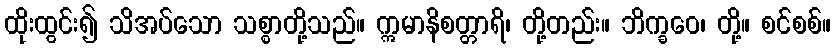
ထိုးထွင်း၍ သိအပ်သော သစ္စာတို့သည်။ ဣမာနိစတ္တာရိ၊ တို့တည်း။ ဘိက္ခဝေ၊ တို့။ စင်စစ်။